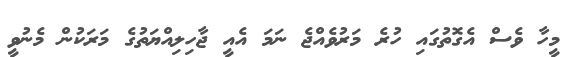
މީހާ ވެސް އެގޮތުގައި ހުރެ މަރުވެއްޖެ ނަމަ އެއީ ޖާހިލިއްޔަތުގެ މަރަކުން މެނުވީ